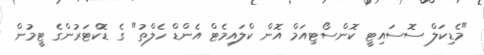
"މެޑިކަލް ސޮސައިޓީ ކޮންސޯޓިއަމް އޮން ކްލައިމެޓް އެންޑް ހެލްތު" ގެ ޑޮކްޓަރުންގެ ޓީމުން